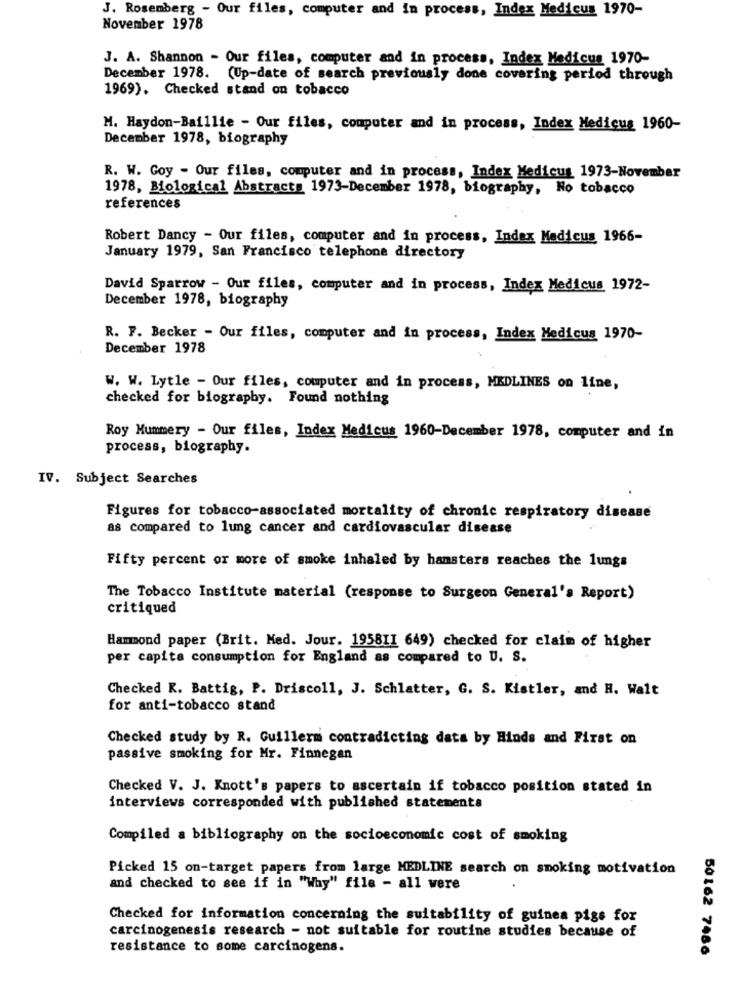
J. Rosenberg - Our files, computer and in process, Index Medicus 1970-
November 1978
J. A. Shannon - Our files, computer and in process, Index Medicus 1970-
December 1978. (Up-date of search previously done covering period through
1969). Checked stand on tobacco
M. Haydon-Baillie - Our files, computer and in process, Index Medicus 1960-
December 1978, biography
R. W. Goy - Our files, computer and in process, Index Medicus 1973-November
1978, Biological Abstracts 1973-December 1978, biography, No tobacco
references
Robert Dancy - Our files, computer and in process, Index Madicus 1966-
January 1979, San Francisco telephone directory
David Sparrow - Our files, computer and in process, Index Medicus 1972-
December 1978, biography
R. F. Becker - Our files, computer and in process, Index Medicus 1970-
December 1978
W. W. Lytle - Our files, computer and in process, MEDLINES on line,
checked for biography. Found nothing
Roy Mummery - Our files, Index Medicus 1960-December 1978, computer and in
process, biography.
IV. Subject Searches
Figures for tobacco-associated mortality of chronic respiratory disease
as compared to lung cancer and cardiovascular disease
Fifty percent or more of smoke inhaled by hamsters reaches the lungs
The Tobacco Institute material (response to Surgeon General's Report)
critiqued
Hammond paper (Brit. Med. Jour. 195811 649) checked for claim of higher
per capita consumption for England as compared to U. S.
Checked R. Battig, P. Driscoll, J. Schlatter, G. S. Kistler, and H. Walt
for anti-tobacco stand
Checked study by R. Guillerm contradicting data by Hinds and First on
passive smoking for Mr. Finnegan
Checked V. J. Knott's papers to ascertain if tobacco position stated in
interviews corresponded with published statements
Compiled a bibliography on the socioeconomic cost of smoking
Picked 15 on-target papers from large MEDLINE search on smoking motivation
and checked to see if in "Why" file - all were
Checked for information concerning the suitability of guinea pigs for
carcinogenesis research - not suitable for routine studies because of
resistance to some carcinogens.
50162 7486